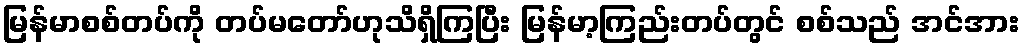
မြန်မာစစ်တပ်ကို တပ်မတော်ဟုသိရှိကြပြီး မြန်မာ့ကြည်းတပ်တွင် စစ်သည် အင်အား